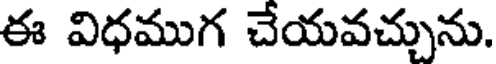
ఈ విధముగ చేయవచ్చును.